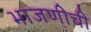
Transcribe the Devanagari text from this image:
भाजणीची